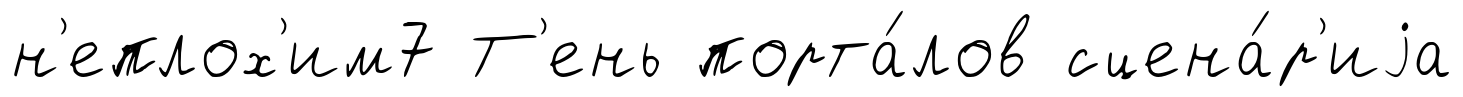
н'еплох'им7 Т'ень порта́лов сцена́р'иjа